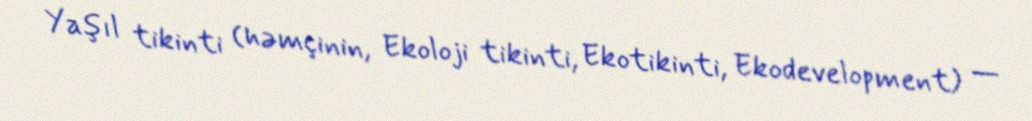
Yaşıl tikinti (həmçinin, Ekoloji tikinti, Ekotikinti, Ekodevelopment) —